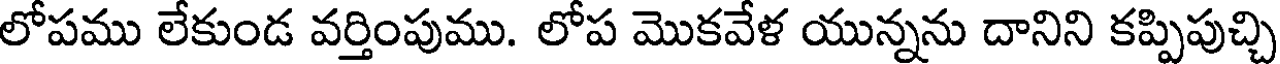
లోపము లేకుండ వర్తింపుము. లోప మొకవేళ యున్నను దానిని కప్పిపుచ్చి